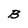
Character: B